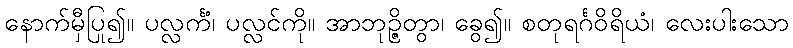
နောက်မှီပြု၍။ ပလ္လင်္ကံ၊ ပလ္လင်ကို။ အာဘုဉ္ဇိတွာ၊ ခွေ၍။ စတုရင်္ဂဝိရိယံ၊ လေးပါးသော